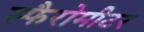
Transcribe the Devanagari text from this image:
स्फैरोमीटर